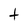
Character: t